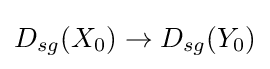
D_{sg}(X_{0})\to D_{sg}(Y_{0})